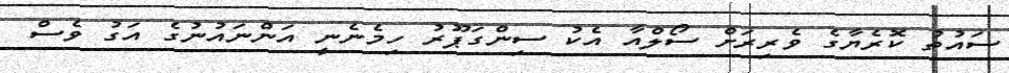
ސައުތު ކޮރެޔާގެ ވެރިރަށް ސޯލްއާ އެކު ސިންގަޕޫރު ހިމެނެނީ އަންނައުނުގެ އަގު ވެސް